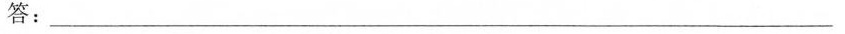
答：___